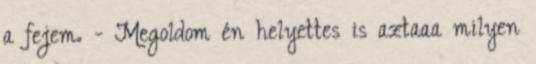
a fejem. - Megoldom én helyettes is aztaaa milyen